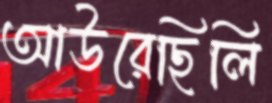
আউরেছিলি